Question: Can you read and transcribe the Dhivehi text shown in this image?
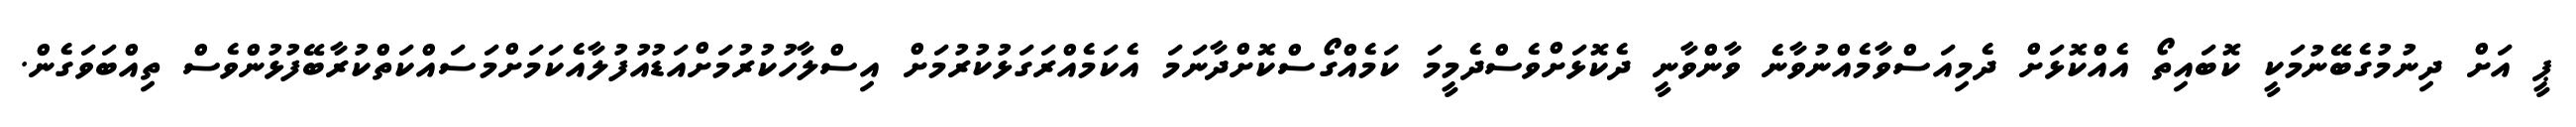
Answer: ޕީ އަށް ދިނުމުގެބޭނުމަކީ ކޮބައިތޯ އެއްކޮޅަށް ދެމިއަސްވާމެއްނުވާނެ ވާންވާނީ ދެކޮޅަށްވެސްދެމީމަ ކަމެއްގޯސްކޮށްދާނަމަ އެކަމެއްރަގަޅުކުރުމަށް އިސްލާހުކުރުމަށްއަޑުއުފުލާއެކަމަށްމަސައްކަތްކުރާބޭފުޅުންވެސް ތިއްބަވަގެން.